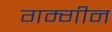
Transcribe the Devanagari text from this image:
गम्गीन